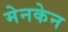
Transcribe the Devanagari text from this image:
मेनकेन